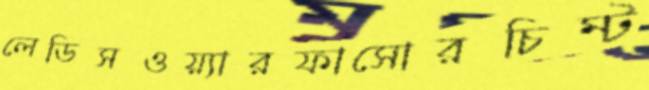
লেডিসওয়্যারফাসোরচিম্‌ট